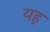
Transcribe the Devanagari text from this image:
यह़